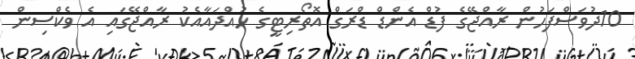
10ދުވަސްފަހުން ރާއްޖޭގެ ފުޑް އެންޑް ޑްރަގް އޮތޯރިޓީގެ ހުއްދައާއެކު ރާއްޖޭގައި އެ ވެކްސިން